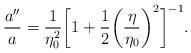
LaTeX: \begin{align*}\frac{a''}{a}=\frac{1}{\eta _0^2} \biggl[1+\frac{1}{2}\biggl(\displaystyle{\frac{\eta }{\eta _0}}\biggr)^2\biggr]^{-1}.\end{align*}